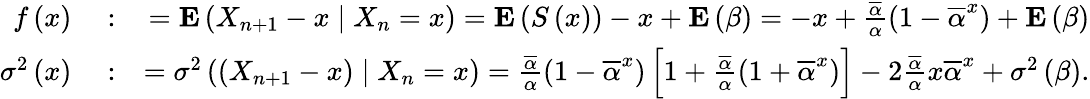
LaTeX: \begin{array}{rlr}{f\left(x\right)}&{{}:}&{={\mathbf E}\left(X_{n+1}-x\mid X_{n}=x\right)={\mathbf E}\left(S\left(x\right)\right)-x+{\mathbf E}\left(\beta\right)=-x+\frac{\overline{{\alpha}}}{\alpha}\left(1-\overline{{\alpha}}^{x}\right)+{\mathbf E}\left(\beta\right)}\\ {\sigma^{2}\left(x\right)}&{{}:}&{=\sigma^{2}\left(\left(X_{n+1}-x\right)\mid X_{n}=x\right)=\frac{\overline{{\alpha}}}{\alpha}\left(1-\overline{{\alpha}}^{x}\right)\left[1+\frac{\overline{{\alpha}}}{\alpha}\left(1+\overline{{\alpha}}^{x}\right)\right]-2\frac{\overline{{\alpha}}}{\alpha}x\overline{{\alpha}}^{x}+\sigma^{2}\left(\beta\right).}\end{array}